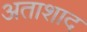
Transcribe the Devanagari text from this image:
अताशाद